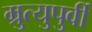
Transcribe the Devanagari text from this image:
म्रुत्युपुर्वी